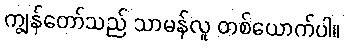
ကျွန်တော်သည် သာမန်လူ တစ်ယောက်ပါ။